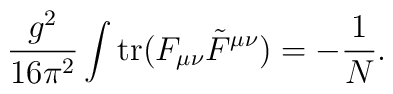
\frac {g^2}{16 \pi^2} \int \hbox {tr} (F_{\mu \nu} \tilde{F}^{\mu\nu}) = - \frac {1}{N}.